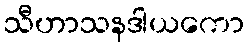
သီဟာသနဒါယကော